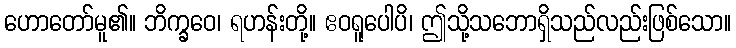
ဟောတော်မူ၏။ ဘိက္ခဝေ၊ ရဟန်းတို့။ ဧဝရူပေါပိ၊ ဤသို့သဘောရှိသည်လည်းဖြစ်သော။